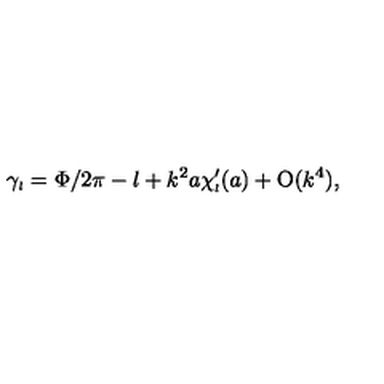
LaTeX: \gamma _ { \scriptscriptstyle { l } } = \Phi / 2 \pi - l + k ^ { 2 } a \chi _ { \scriptscriptstyle { l } } ^ { \prime } ( a ) + \mathrm { O } ( k ^ { 4 } ) ,